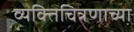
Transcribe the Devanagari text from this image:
व्यक्तिचित्रणाच्या